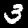
Label: 3